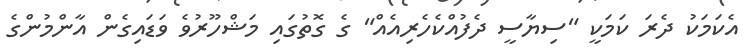
އެކަމަކު ދެރަ ކަމަކީ "ސިޔާސީ ދެފުއްކެހެރިއެއް" ގެ ގޮތުގައި މަޝްހޫރުވެ ވަޑައިގެން އާންމުންގެ